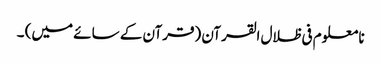
نا معلوم فی ظلال القرآن (قرآن کے سائے میں) ۔